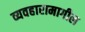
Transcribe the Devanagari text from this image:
व्यवहारामागील